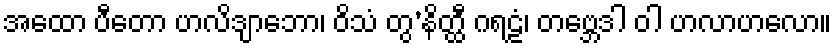
အထော ပီတော ဟလိဒျာဘော၊ ဝိသံ တွ’နိတ္ထီ ဂရဠံ၊ တဗ္ဘေဒါ ဝါ ဟလာဟလော။